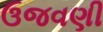
ઉજવણી